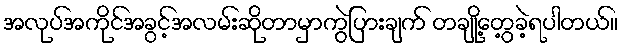
အလုပ်အကိုင်အခွင့်အလမ်းဆိုတာမှာကွဲပြားချက် တချို့တွေ့ခဲ့ရပါတယ်။